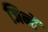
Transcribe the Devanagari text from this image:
जिन्हेें